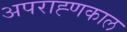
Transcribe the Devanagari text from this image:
अपराह्णकाल